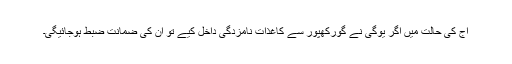
آج کی حالت میں اگر یوگی نے گورکھپور سے کاغذاتِ نامزدگی داخل کیے تو ان کی ضمانت ضبط ہوجائیگی۔